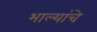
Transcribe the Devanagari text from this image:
भाल्यांचे